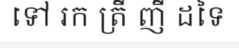
ទៅ រក ត្រី ញី ដទៃ